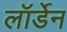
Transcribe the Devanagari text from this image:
लॉर्डेन